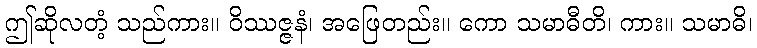
ဤဆိုလတံ့ သည်ကား။ ဝိဿဇ္ဇနံ၊ အဖြေတည်း။ ကော သမာဓီတိ၊ ကား။ သမာဓိ၊